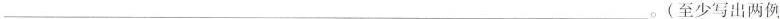
___。(至少写出两例